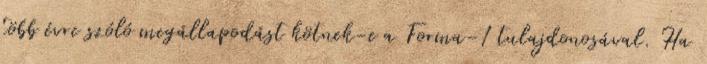
több évre szóló megállapodást kötnek-e a Forma-1 tulajdonosával. Ha